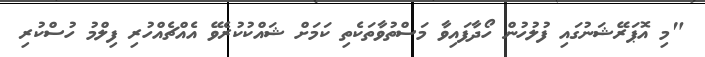
"މި އޮޕަރޭޝަނުގައި ފުލުހުން ހޯދާފައިވާ މަސްތުވާތަކެތި ކަމަށް ޝައްކުކުރެވޭ އެއްޗެއްހުރި ފިލްމު ހުސްކުރި